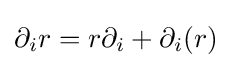
\partial _{i}r=r\partial _{i}+\partial _{i}(r)